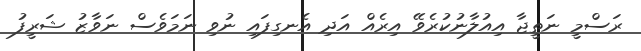
ރަސްމީ ނަތީޖާ އިއުލާނުކުރެވޭ އިރެއް އަދި އެނގިފައި ނުވި ނަމަވެސް ނަވާޒު ޝަރީފު